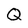
Character: Q